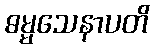
ဓမ္မသေနာပတိ